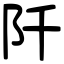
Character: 阡